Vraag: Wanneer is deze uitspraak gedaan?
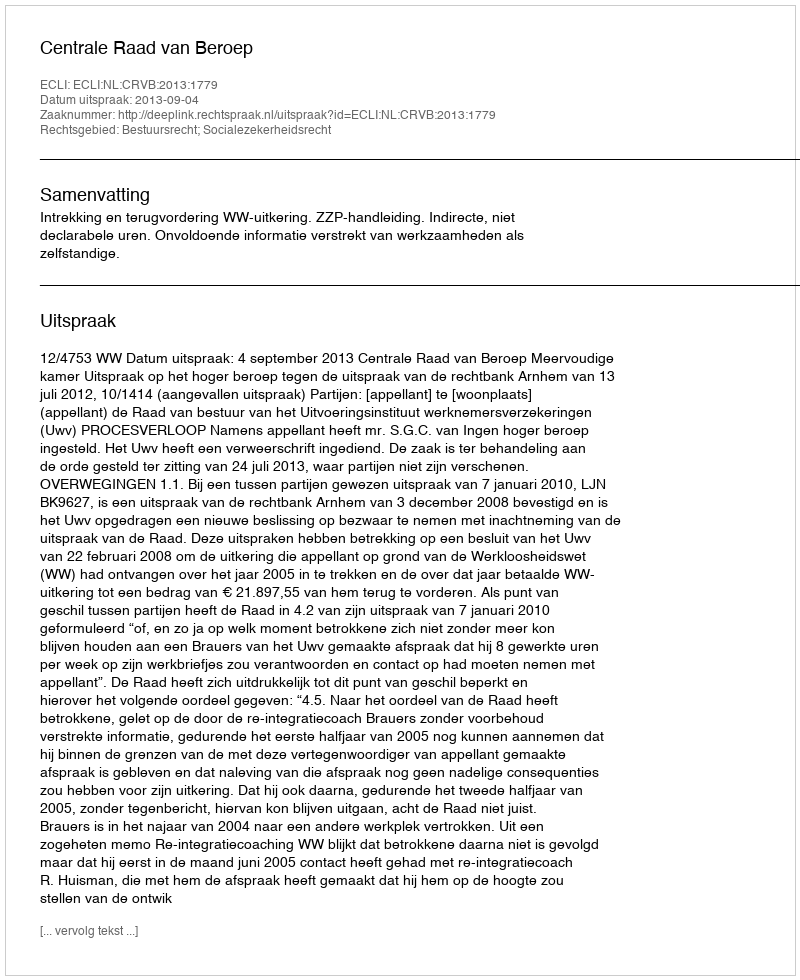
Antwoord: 2013-09-04